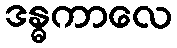
ဒန္ဓကာလေ